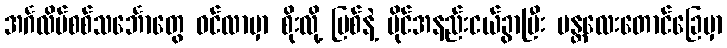
အင်္ဂလိပ်စစ်သင်္ဘောတွေ ဝင်လာမှာ စိုးလို့ မြစ်နဲ့ မိုင်အနည်းငယ်ခွာပြီး မန္တလေးတောင်ခြေမှာ